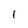
Character: i